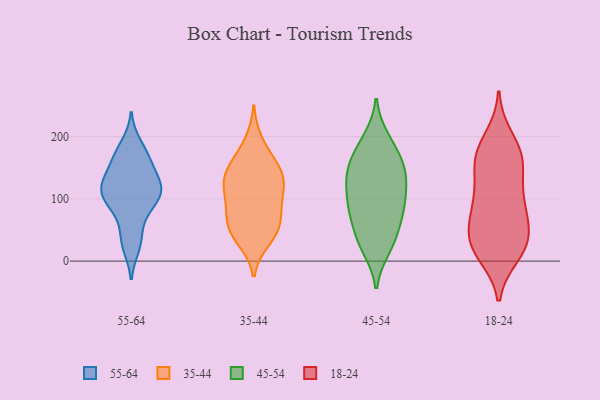
{"axis": {"x": "Energy Usage (MWh)", "y": "Value"}, "legend": ["18-24", "35-44", "45-54", "55-64"], "data": [{"x": "", "y": 87, "type": "55-64"}, {"x": "", "y": 23, "type": "55-64"}, {"x": "", "y": 167, "type": "55-64"}, {"x": "", "y": 42, "type": "55-64"}, {"x": "", "y": 161, "type": "55-64"}, {"x": "", "y": 30, "type": "55-64"}, {"x": "", "y": 136, "type": "55-64"}, {"x": "", "y": 117, "type": "55-64"}, {"x": "", "y": 90, "type": "55-64"}, {"x": "", "y": 113, "type": "55-64"}, {"x": "", "y": 151, "type": "55-64"}, {"x": "", "y": 107, "type": "55-64"}, {"x": "", "y": 114, "type": "55-64"}, {"x": "", "y": 187, "type": "55-64"}, {"x": "", "y": 78, "type": "55-64"}, {"x": "", "y": 127, "type": "55-64"}, {"x": "", "y": 175, "type": "55-64"}, {"x": "", "y": 110, "type": "55-64"}, {"x": "", "y": 117, "type": "55-64"}, {"x": "", "y": 78, "type": "35-44"}, {"x": "", "y": 163, "type": "35-44"}, {"x": "", "y": 34, "type": "35-44"}, {"x": "", "y": 99, "type": "35-44"}, {"x": "", "y": 40, "type": "35-44"}, {"x": "", "y": 132, "type": "35-44"}, {"x": "", "y": 116, "type": "35-44"}, {"x": "", "y": 154, "type": "35-44"}, {"x": "", "y": 61, "type": "35-44"}, {"x": "", "y": 132, "type": "35-44"}, {"x": "", "y": 192, "type": "35-44"}, {"x": "", "y": 92, "type": "35-44"}, {"x": "", "y": 143, "type": "35-44"}, {"x": "", "y": 124, "type": "35-44"}, {"x": "", "y": 55, "type": "35-44"}, {"x": "", "y": 54, "type": "35-44"}, {"x": "", "y": 98, "type": "45-54"}, {"x": "", "y": 35, "type": "45-54"}, {"x": "", "y": 25, "type": "45-54"}, {"x": "", "y": 74, "type": "45-54"}, {"x": "", "y": 178, "type": "45-54"}, {"x": "", "y": 188, "type": "45-54"}, {"x": "", "y": 124, "type": "45-54"}, {"x": "", "y": 142, "type": "45-54"}, {"x": "", "y": 149, "type": "45-54"}, {"x": "", "y": 196, "type": "45-54"}, {"x": "", "y": 153, "type": "45-54"}, {"x": "", "y": 91, "type": "45-54"}, {"x": "", "y": 137, "type": "45-54"}, {"x": "", "y": 104, "type": "45-54"}, {"x": "", "y": 44, "type": "45-54"}, {"x": "", "y": 21, "type": "45-54"}, {"x": "", "y": 83, "type": "45-54"}, {"x": "", "y": 74, "type": "45-54"}, {"x": "", "y": 143, "type": "45-54"}, {"x": "", "y": 158, "type": "18-24"}, {"x": "", "y": 156, "type": "18-24"}, {"x": "", "y": 100, "type": "18-24"}, {"x": "", "y": 177, "type": "18-24"}, {"x": "", "y": 77, "type": "18-24"}, {"x": "", "y": 24, "type": "18-24"}, {"x": "", "y": 23, "type": "18-24"}, {"x": "", "y": 198, "type": "18-24"}, {"x": "", "y": 98, "type": "18-24"}, {"x": "", "y": 131, "type": "18-24"}, {"x": "", "y": 11, "type": "18-24"}, {"x": "", "y": 92, "type": "18-24"}, {"x": "", "y": 26, "type": "18-24"}, {"x": "", "y": 60, "type": "18-24"}, {"x": "", "y": 58, "type": "18-24"}, {"x": "", "y": 37, "type": "18-24"}, {"x": "", "y": 169, "type": "18-24"}, {"x": "", "y": 170, "type": "18-24"}, {"x": "", "y": 20, "type": "18-24"}]}